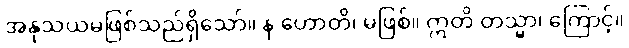
အနုသယမဖြစ်သည်ရှိသော်။ န ဟောတိ၊ မဖြစ်။ ဣတိ တသ္မာ၊ ကြောင့်။